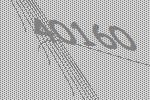
40160